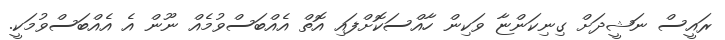
ރައީސް ނަޝީދަށް ގިނިކަންޏާ ވަކިން ހާއްސަކޮށްފައި އޮތް އެއްބަސްވުމެއް ނޫން އެ އެއްބަސްވުމަކީ.